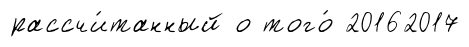
рассчи́танный о того́ 20162017